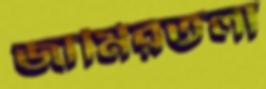
জামিরতলা